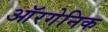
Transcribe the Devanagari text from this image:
ऑरगेनिक